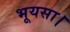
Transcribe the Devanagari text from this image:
भूयसा।